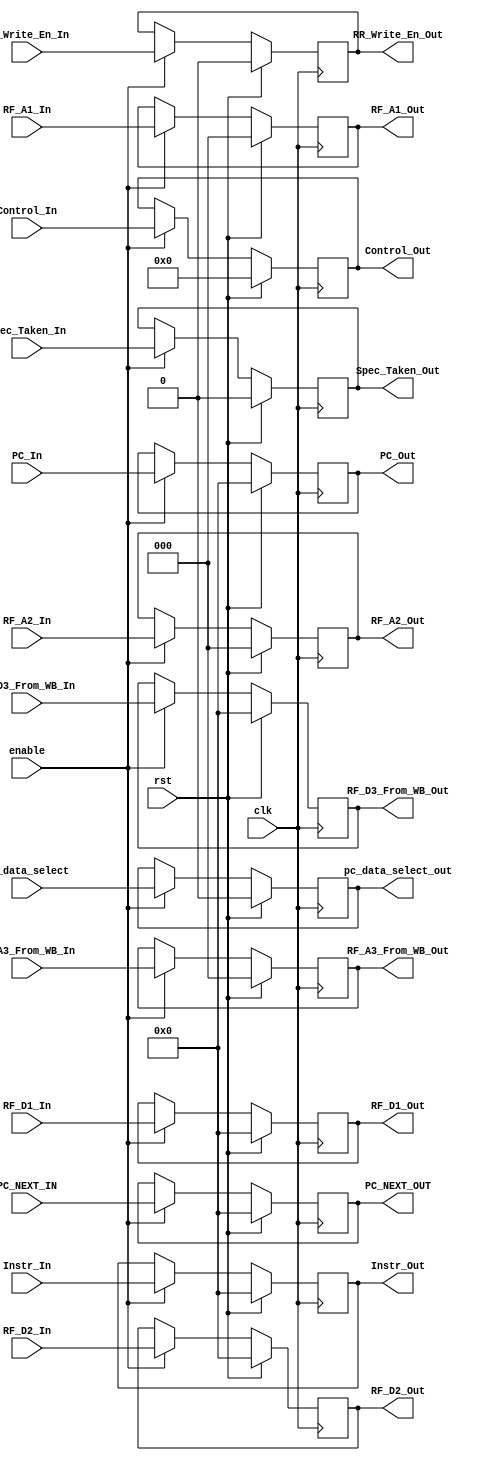
//Control_In format {RR_A3_Address_sel, RR_Wr_En, EXE_ALU_Src2, EXE_ALU_Oper, Reg_D3_Sel, MEM_Wr_En} total 10 bits

module ID2EX_Pipline_Reg (clk, rst, enable, PC_In,PC_NEXT_IN, Control_In, RF_A1_In, RF_A2_In, RF_A3_From_WB_In, RF_D3_From_WB_In, RR_Write_En_In, 
								RF_D1_In, RF_D2_In,pc_data_select, Instr_In, Spec_Taken_In, PC_Out,PC_NEXT_OUT, Control_Out, RF_A1_Out, RF_A2_Out, RF_A3_From_WB_Out, RF_D3_From_WB_Out, 
									RR_Write_En_Out, RF_D1_Out, RF_D2_Out, Instr_Out, pc_data_select_out, Spec_Taken_Out);
 
	input clk, rst, enable, RR_Write_En_In, pc_data_select, Spec_Taken_In;
	input [15:0] PC_In, RF_D1_In, RF_D2_In, Instr_In, RF_D3_From_WB_In, PC_NEXT_IN;
	input [2:0] RF_A1_In, RF_A2_In, RF_A3_From_WB_In;
	input [9:0] Control_In;
	output reg RR_Write_En_Out, pc_data_select_out;
	output reg [15:0] PC_Out, RF_D1_Out, RF_D2_Out, Instr_Out, RF_D3_From_WB_Out, PC_NEXT_OUT;
	output reg [9:0] Control_Out;
	output reg [2:0] RF_A1_Out, RF_A2_Out, RF_A3_From_WB_Out;
	output reg Spec_Taken_Out;
	
	always @ (posedge clk) begin
		if (rst) begin
			Spec_Taken_Out <= 0;
			PC_Out <= 0;
			PC_NEXT_OUT <= 0;
			Control_Out <= 0;
			Instr_Out <= 0;
			RF_D1_Out <= 0;
			RF_D2_Out <= 0;
			RF_A1_Out <= 0;
			RF_A2_Out <= 0;
			RF_A3_From_WB_Out <= 0;
			RF_D3_From_WB_Out <= 0;
			RR_Write_En_Out <= 0;
			pc_data_select_out <= 0;
		end
		else begin
			if (enable) begin
				Spec_Taken_Out <= Spec_Taken_In;
				pc_data_select_out <= pc_data_select;
				PC_Out <= PC_In;
				PC_NEXT_OUT <= PC_NEXT_IN;
				Control_Out <= Control_In;
				Instr_Out <= Instr_In;
				RF_D1_Out <= RF_D1_In;
				RF_D2_Out <= RF_D2_In;
				RF_A1_Out <= RF_A1_In;
				RF_A2_Out <= RF_A2_In;
				RF_A3_From_WB_Out <= RF_A3_From_WB_In;
				RF_D3_From_WB_Out <= RF_D3_From_WB_In;
				RR_Write_En_Out <= RR_Write_En_In;
			end
		end
	end
endmodule // ID2EX_Pipline_Reg